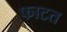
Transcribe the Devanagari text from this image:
फाटत